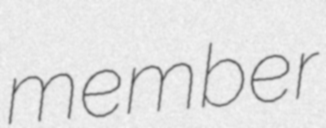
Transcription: member